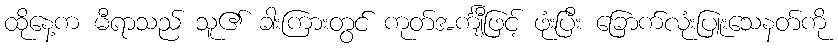
ထိုနေ့က မီရာသည် သူ၏ ခါးကြားတွင် ကုတ်အင်္ကျီဖြင့် ဖုံးပြီး ခြောက်လုံးပြူးသေနတ်ကို